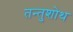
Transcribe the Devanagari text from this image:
तन्तुशोथ